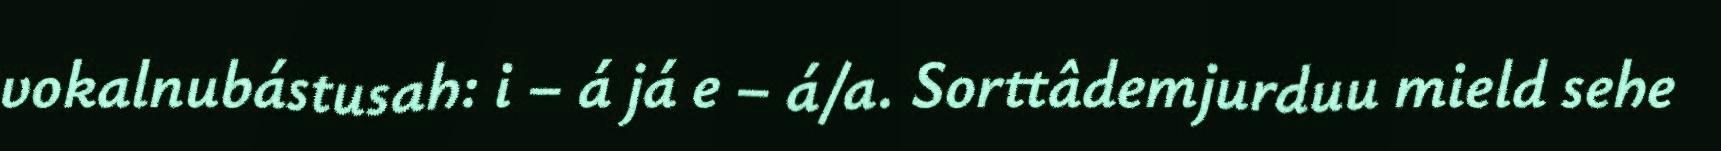
vokalnubástusah: i – á já e – á/a. Sorttâdemjurduu mield sehe